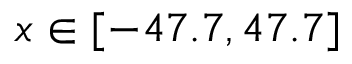
x \in [ - 4 7 . 7 , 4 7 . 7 ]